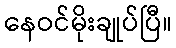
နေဝင်မိုးချုပ်ပြီ။